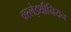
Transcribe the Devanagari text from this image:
क्स्लेइथीनियन